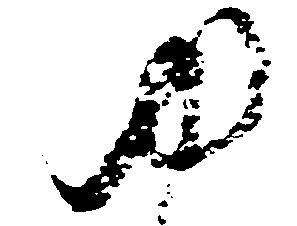
ゆ